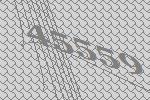
45559